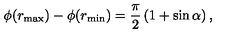
\phi ( r _ { \max } ) - \phi ( r _ { \min } ) = \frac { \pi } { 2 } \left( 1 + \sin \alpha \right) ,